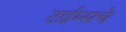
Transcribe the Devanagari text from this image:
टाईम्सचे